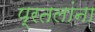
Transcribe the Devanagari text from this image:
प्रतलांना